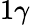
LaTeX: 1\gamma